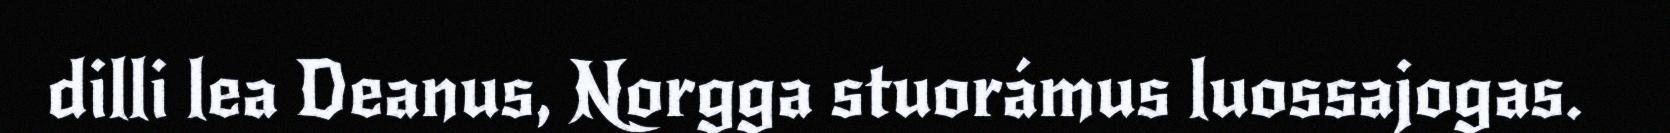
dilli lea Deanus, Norgga stuorámus luossajogas.